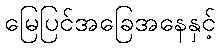
မြေပြင်အခြေအနေနှင့်